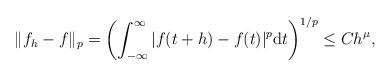
LaTeX: \begin{align*}\Vert f_h - f \Vert_p = \left( \int_{-\infty}^{\infty} |f(t+h) - f(t)|^p \mathrm{d}t \right)^{1/p} \leq C h^\mu,\end{align*}